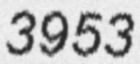
3953